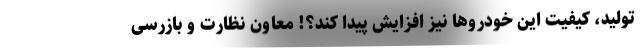
تولید، کیفیت این خودروها نیز افزایش پیدا کند؟! معاون نظارت و بازرسی